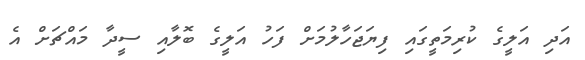
އަދި އަލީގެ ކުރިމަތީގައި ފިޔަޖަހާލުމަށް ފަހު އަލީގެ ބޮލާއި ސީދާ މައްޗަށް އެ